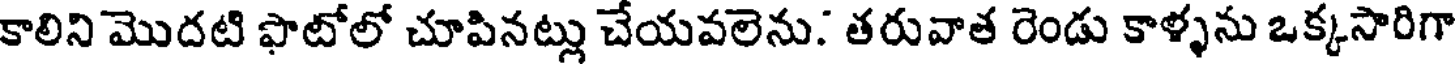
కాలిని మొదటి ఫొటోలో చూపినట్లు చేయవలెను. తరువాత రెండు కాళ్ళను ఒక్కసారిగా